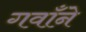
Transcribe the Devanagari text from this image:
गवाँने